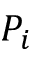
P _ { i }